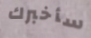
سأخبرك